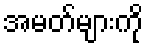
အမတ်များကို